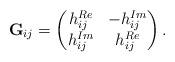
LaTeX: \begin{align*}{\bf G}_{ij}=\begin{pmatrix}h_{ij}^{Re} & -h_{ij}^{Im}\\h_{ij}^{Im} & h_{ij}^{Re}\end{pmatrix}.\end{align*}